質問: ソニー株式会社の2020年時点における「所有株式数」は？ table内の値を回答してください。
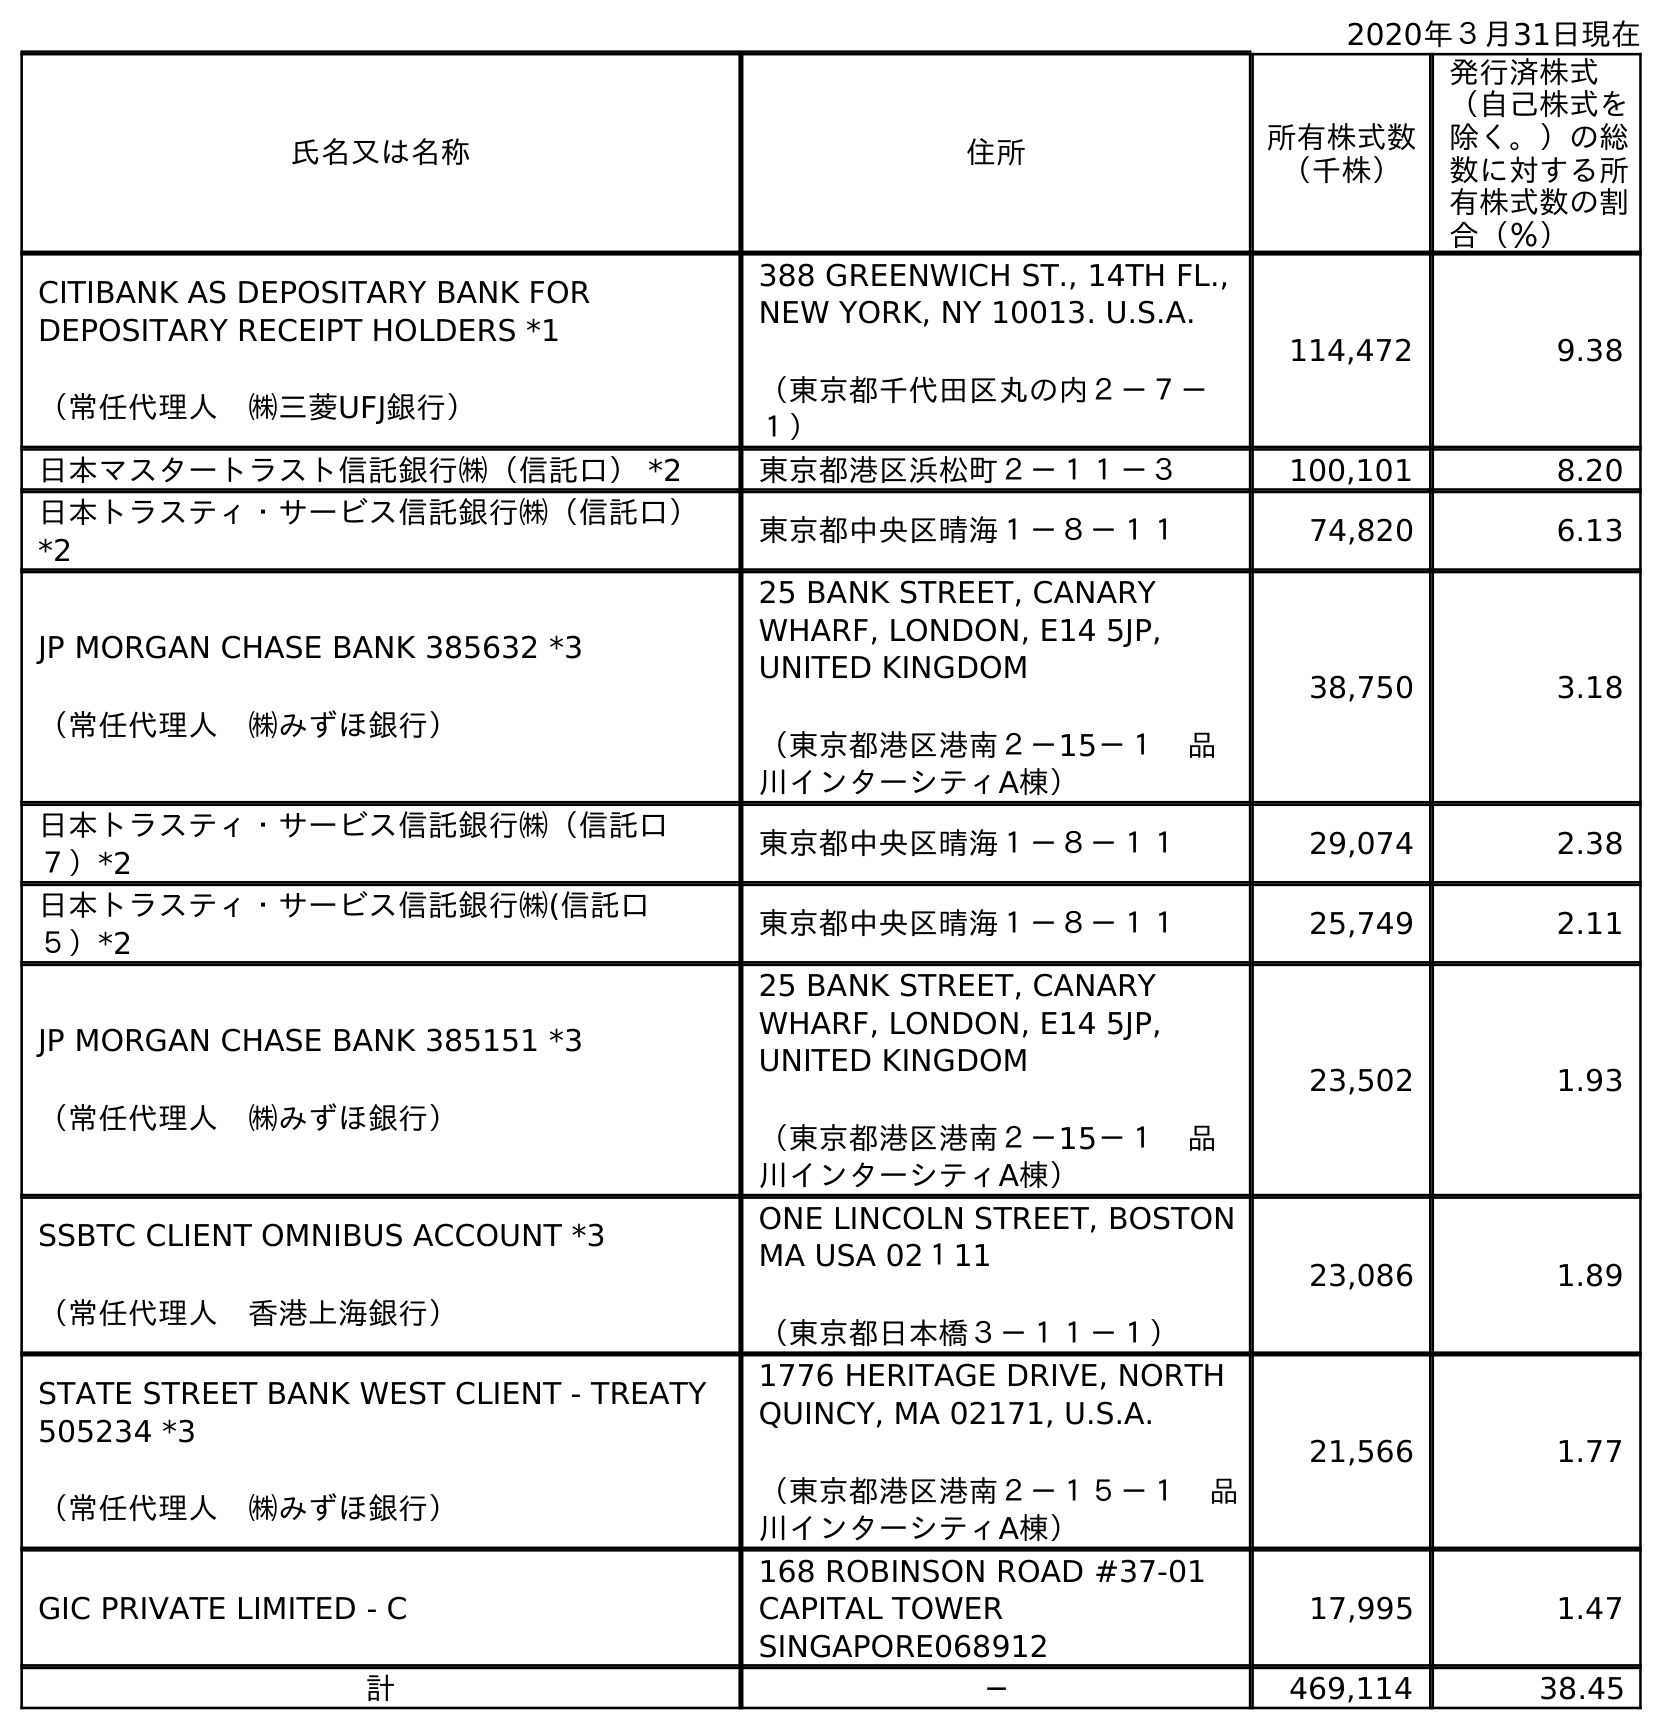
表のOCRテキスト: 2020年３月31日現在 氏名又は名称 住所 所有株式数 （千株） 発行済株式 （自己株式を 除く。）の総 数に対する所 有株式数の割 合（％） CITIBANK AS DEPOSITARY BANK FOR DEPOSITARY RECEIPT HOLDERS *1 （常任代理人 ㈱三菱UFJ銀行） 388 GREENWICH ST., 14TH FL., NEW YORK, NY 10013. U.S.A. （東京都千代田区丸の内２－７－ １） 114,472 9.38 日本マスタートラスト信託銀行㈱（信託口） *2 東京都港区浜松町２－１１－３ 100,101 8.20 日本トラスティ・サービス信託銀行㈱（信託口） *2 東京都中央区晴海１－８－１１ 74,820 6.13 JP MORGAN CHASE BANK 385632 *3 （常任代理人 ㈱みずほ銀行） 25 BANK STREET, CANARY WHARF, LONDON, E14 5JP, UNITED KINGDOM （東京都港区港南２－15－１ 品 川インターシティA棟） 38,750 3.18 日本トラスティ・サービス信託銀行㈱（信託口 ７）*2 東京都中央区晴海１－８－１１ 29,074 2.38 日本トラスティ・サービス信託銀行㈱(信託口 ５）*2 東京都中央区晴海１－８－１１ 25,749 2.11 JP MORGAN CHASE BANK 385151 *3 （常任代理人 ㈱みずほ銀行） 25 BANK STREET, CANARY WHARF, LONDON, E14 5JP, UNITED KINGDOM （東京都港区港南２－15－１ 品 川インターシティA棟） 23,502 1.93 SSBTC CLIENT OMNIBUS ACCOUNT *3 （常任代理人 香港上海銀行） ONE LINCOLN STREET, BOSTON MA USA 02１11 （東京都日本橋３－１１－１） 23,086 1.89 STATE STREET BANK WEST CLIENT - TREATY 505234 *3 （常任代理人 ㈱みずほ銀行） 1776 HERITAGE DRIVE, NORTH QUINCY, MA 02171, U.S.A. （東京都港区港南２－１５－１ 品 川インターシティA棟） 21,566 1.77 GIC PRIVATE LIMITED - C 168 ROBINSON ROAD #37-01 CAPITAL TOWER SINGAPORE068912 17,995 1.47 計 ─ 469,114 38.45
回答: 469,114